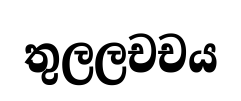
තුලලචචය